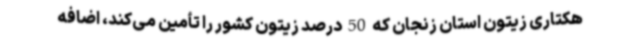
هکتاری زیتون استان زنجان که 50 درصد زیتون کشور را تأمین می‌کند، اضافه